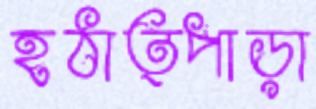
হঠাত্পাড়া